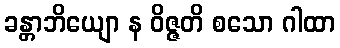
ခန္တာဘိယျော န ဝိဇ္ဇတိ စသော ဂါထာ